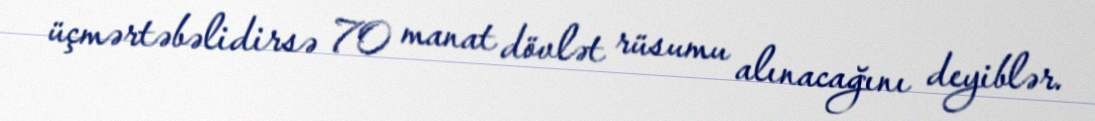
üçmərtəbəlidirsə 70 manat dövlət rüsumu alınacağını deyiblər.